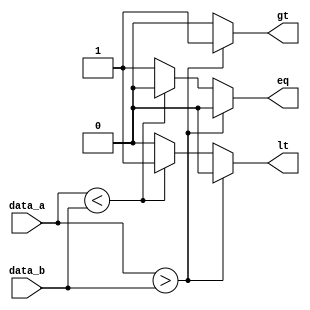
// 4109061012
module comparator_4b (
    input [3:0] data_a,
    input [3:0] data_b,
    output reg gt,
    output reg eq,
    output reg lt
    );

    always @(*) begin
        if (data_a > data_b) begin
            gt <= 1;
            lt <= 0;
            eq <= 0;
        end
        else if (data_a < data_b) begin
            gt <= 0;
            lt <= 1;
            eq <= 0;
        end
        else begin
            gt <= 0;
            lt <= 0;
            eq <= 1;
        end 
    end
endmodule